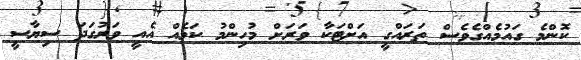
ކޮންމެ ގައުމެއްގެވެސް ތަރައްގީ އަށްޓަކާ ވަރަށް މުހިންމު ކަމެއް އެއީ ވަރުގަދަ ސިޔާސީ